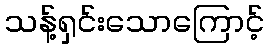
သန့်ရှင်းသောကြောင့်